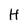
Character: H